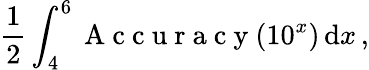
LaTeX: \frac{1}{2}\int_{4}^{6}\mathrm{~A~c~c~u~r~a~c~y~}(10^{x})\, \mathrm{d}x\, ,